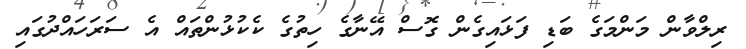
ރިލްވާން މަންމަގެ ބަޑި ފަޅައިގެން ގޮސް އޭނާގެ ހިތުގެ ކެކުޅުންތައް އެ ސަރަހައްދުގައި